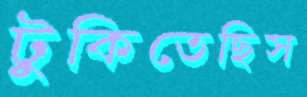
টুকিতেছিস